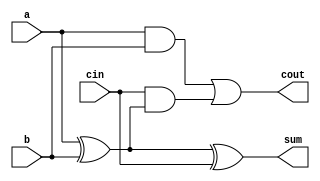
//--- this is just a gate level full adder for fun
module full_adder_0_bit 
(
	input  a,
	input  b,
	input  cin,
	output sum,
	output cout
);

wire a_xor_b = a ^ b;
wire a_and_b = a & b;

assign sum = a_xor_b ^ cin;
assign cout = a_and_b | (cin & a_xor_b);

endmodule